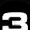
Digit: 3